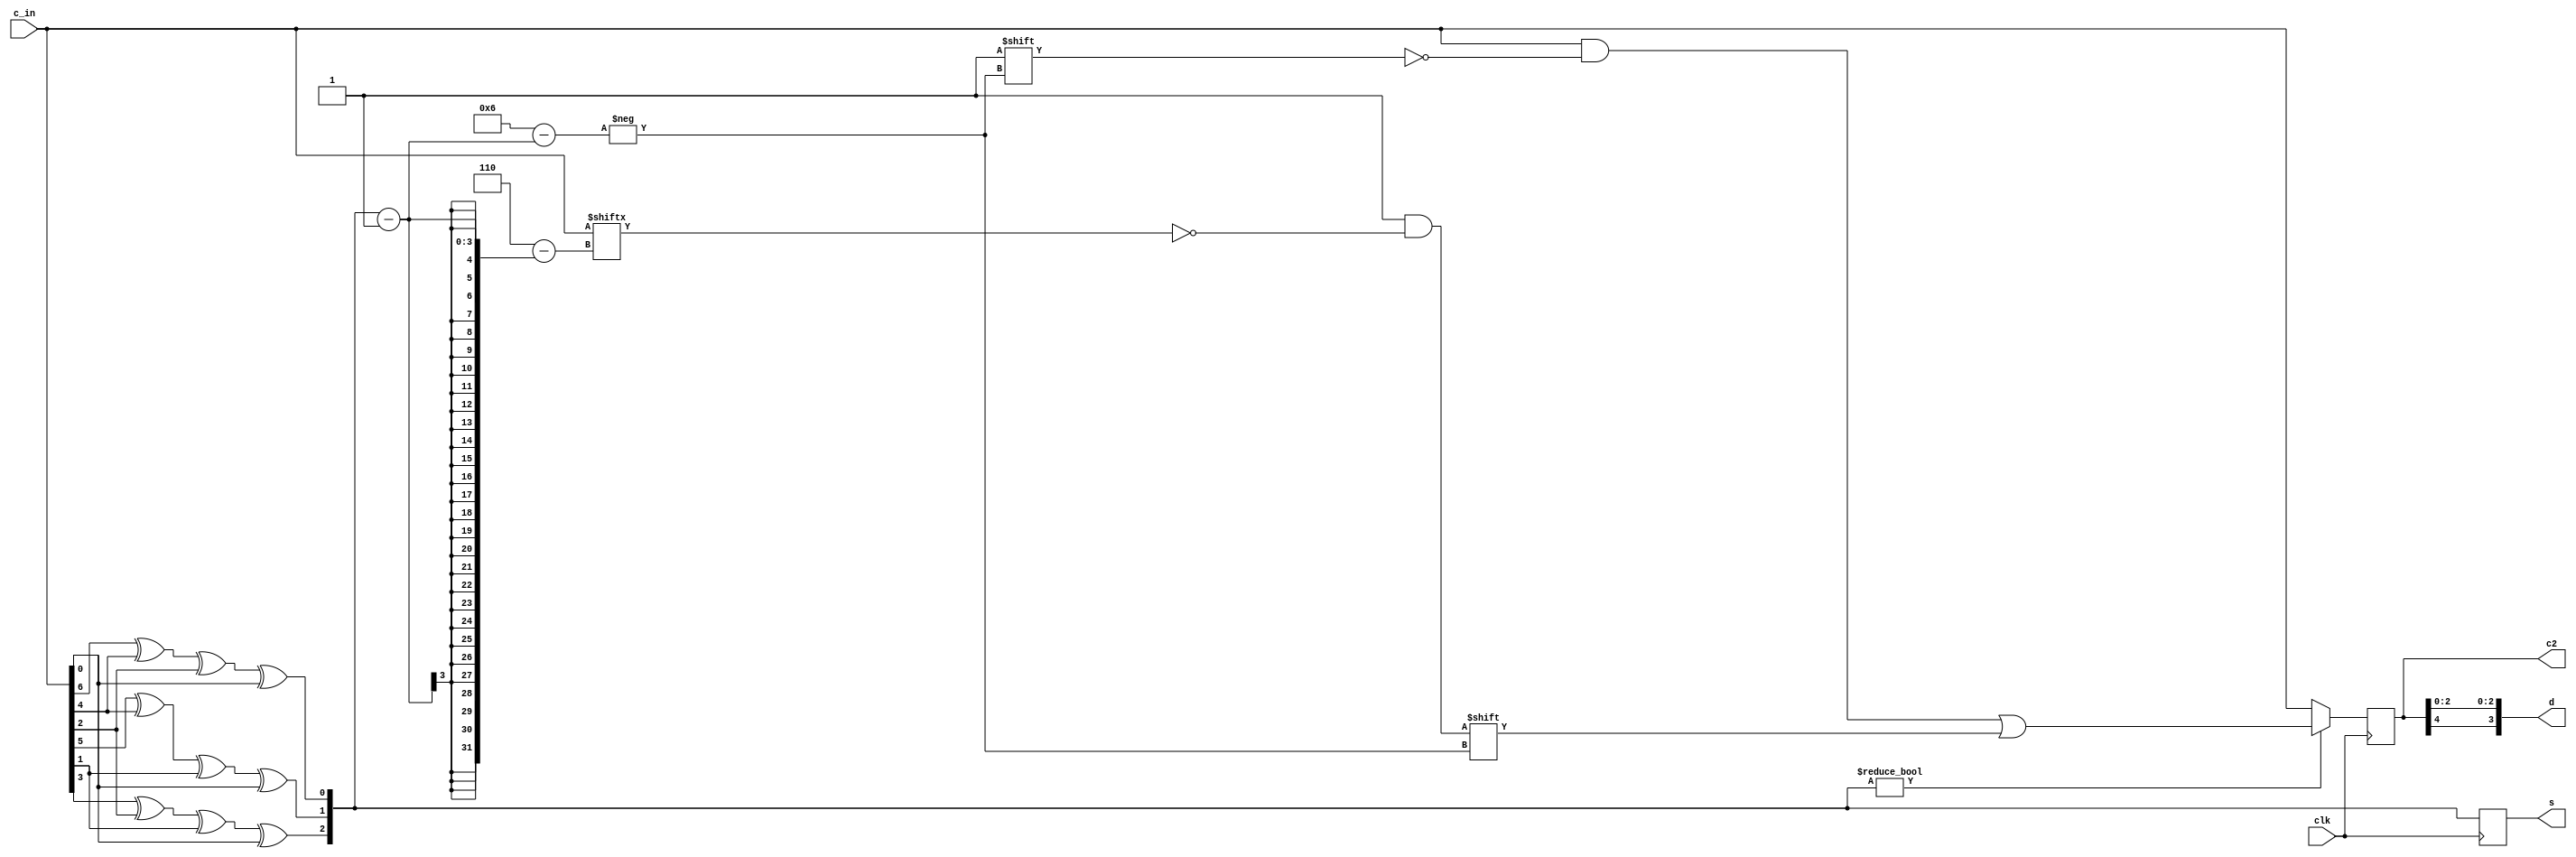
`timescale 1ns / 1ps
module decoder(c_in,clk,s,c2,d );
input clk;
input [1:7] c_in;
output reg[1:3]s;
output reg[1:7]c2;
output reg[1:4]d;
always@(posedge clk)
begin
s[3] = c_in[1]^c_in[3]^c_in[5]^c_in[7];
s[2] = c_in[2]^c_in[3]^c_in[6]^c_in[7];
s[1] = c_in[4]^c_in[5]^c_in[6]^c_in[7];
c2=c_in;
if(s)
c2[s]=~c_in[s];
end
always@(c2)
begin
d[1]=c2[3];
d[2]=c2[5];
d[3]=c2[6];
d[4]=c2[7];
end
endmodule